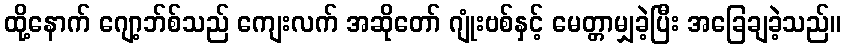
ထို့နောက် ဂျော့ဘ်စ်သည် ကျေးလက် အဆိုတော် ဂျုံးဗစ်နှင့် မေတ္တာမျှခဲ့ပြီး အခြေချခဲ့သည်။